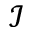
\mathcal { I }